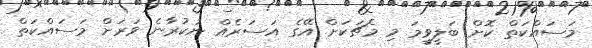
މަސައްކަތް ކޮށް ބަލީވީމަ މި މެޗަކަށް އޭގެ އަސަރެއް ނުކުރާނެ ވަރަށް މަސައްކަތް